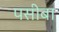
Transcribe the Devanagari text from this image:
पसीबा